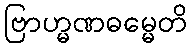
ဗြာဟ္မဏဓမ္မေတိ